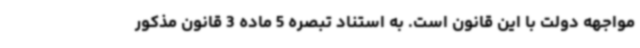
مواجهه دولت با این قانون است. به استناد تبصره 5 ماده 3 قانون مذکور